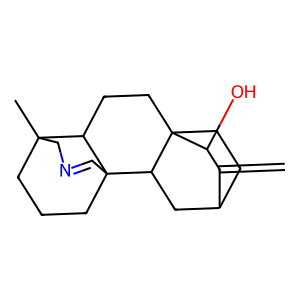
SMILES: C=C1C2CCC3(CCC4C5(C)CCCC4(C=NC5)C3C2)C1O
Inhibits HIV replication: No